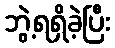
ဘွဲ့ရရှိခဲ့ပြီး